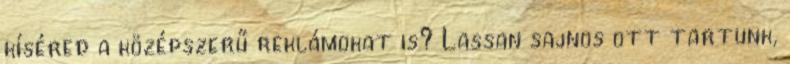
kíséred a középszerű reklámokat is? Lassan sajnos ott tartunk,